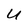
Character: U